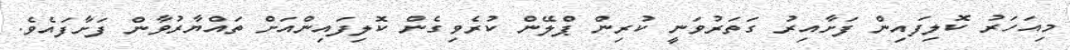
މިއަހަރު ކޮލިފައިން ފަށާއިރު ގަތަރުވަނީ ކުރިން ޕްލޭން ކުރެވިގެން ކޮލިފައިންއަށް ތައްޔާރުވާން ފަށާފައެވެ.